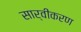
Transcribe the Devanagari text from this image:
सार्वीकरण